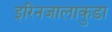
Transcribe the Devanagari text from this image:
इरिनजालाकुडा